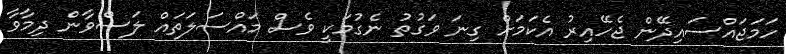
ހަމަޖައްސައިދޭން ޖެހޭއިރު އެކަމަށް ގިނަ ވަގުތު ނެގުމަކީ ވެސް މައްސަލަތައް ލަސްވާން ދިމާވާ